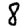
Digit: 8